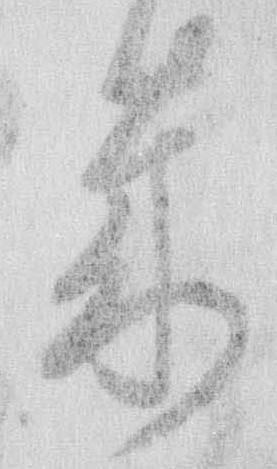
歳